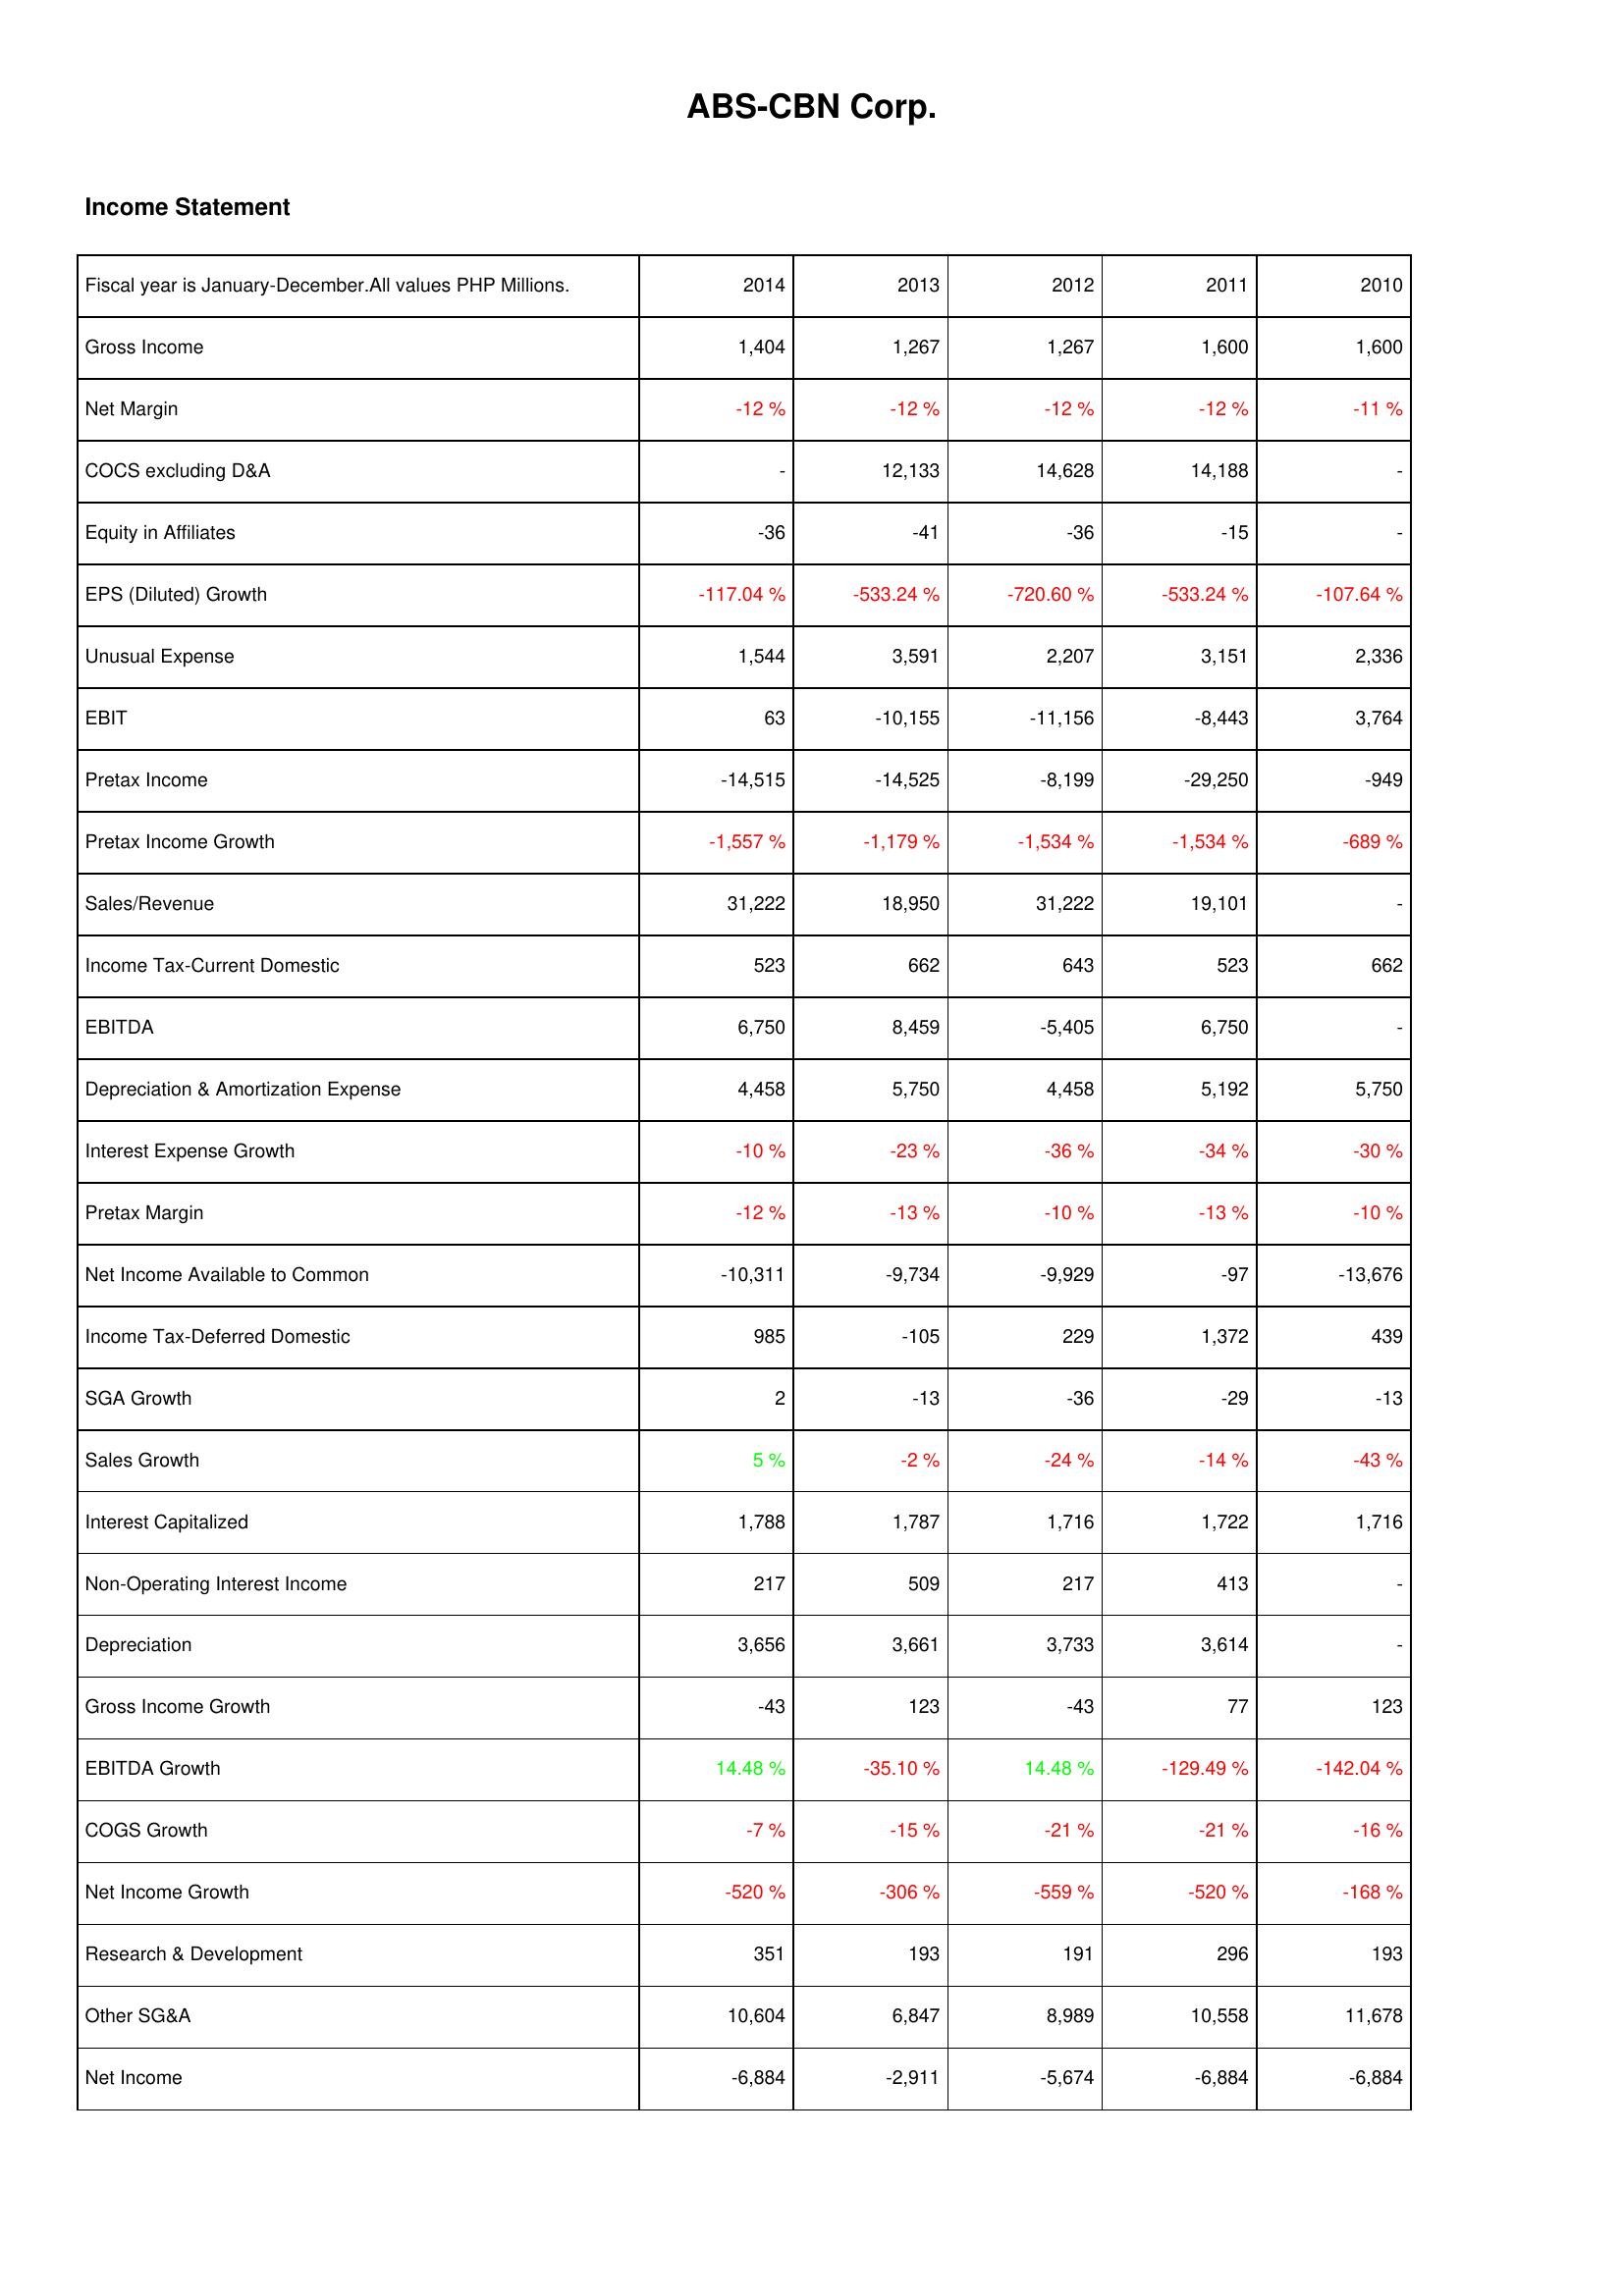
2014: Income Statement: Gross Income: 1,404
Net Margin: -12 %
COCS excluding D&A: -
Equity in Affiliates: -36
EPS (Diluted) Growth: -117.04 %
Unusual Expense: 1,544
EBIT: 63
Pretax Income: -14,515
Pretax Income Growth: -1,557 %
Sales/Revenue: 31,222
Income Tax-Current Domestic: 523
EBITDA: 6,750
Depreciation & Amortization Expense: 4,458
Interest Expense Growth: -10 %
Pretax Margin: -12 %
Net Income Available to Common: -10,311
Income Tax-Deferred Domestic: 985
SGA Growth: 2
Sales Growth: 5 %
Interest Capitalized: 1,788
Non-Operating Interest Income: 217
Depreciation: 3,656
Gross Income Growth: -43
EBITDA Growth: 14.48 %
COGS Growth: -7 %
Net Income Growth: -520 %
Research & Development: 351
Other SG&A: 10,604
Net Income: -6,884
2013: Income Statement: Gross Income: 1,267
Net Margin: -12 %
COCS excluding D&A: 12,133
Equity in Affiliates: -41
EPS (Diluted) Growth: -533.24 %
Unusual Expense: 3,591
EBIT: -10,155
Pretax Income: -14,525
Pretax Income Growth: -1,179 %
Sales/Revenue: 18,950
Income Tax-Current Domestic: 662
EBITDA: 8,459
Depreciation & Amortization Expense: 5,750
Interest Expense Growth: -23 %
Pretax Margin: -13 %
Net Income Available to Common: -9,734
Income Tax-Deferred Domestic: -105
SGA Growth: -13
Sales Growth: -2 %
Interest Capitalized: 1,787
Non-Operating Interest Income: 509
Depreciation: 3,661
Gross Income Growth: 123
EBITDA Growth: -35.10 %
COGS Growth: -15 %
Net Income Growth: -306 %
Research & Development: 193
Other SG&A: 6,847
Net Income: -2,911
2012: Income Statement: Gross Income: 1,267
Net Margin: -12 %
COCS excluding D&A: 14,628
Equity in Affiliates: -36
EPS (Diluted) Growth: -720.60 %
Unusual Expense: 2,207
EBIT: -11,156
Pretax Income: -8,199
Pretax Income Growth: -1,534 %
Sales/Revenue: 31,222
Income Tax-Current Domestic: 643
EBITDA: -5,405
Depreciation & Amortization Expense: 4,458
Interest Expense Growth: -36 %
Pretax Margin: -10 %
Net Income Available to Common: -9,929
Income Tax-Deferred Domestic: 229
SGA Growth: -36
Sales Growth: -24 %
Interest Capitalized: 1,716
Non-Operating Interest Income: 217
Depreciation: 3,733
Gross Income Growth: -43
EBITDA Growth: 14.48 %
COGS Growth: -21 %
Net Income Growth: -559 %
Research & Development: 191
Other SG&A: 8,989
Net Income: -5,674
2011: Income Statement: Gross Income: 1,600
Net Margin: -12 %
COCS excluding D&A: 14,188
Equity in Affiliates: -15
EPS (Diluted) Growth: -533.24 %
Unusual Expense: 3,151
EBIT: -8,443
Pretax Income: -29,250
Pretax Income Growth: -1,534 %
Sales/Revenue: 19,101
Income Tax-Current Domestic: 523
EBITDA: 6,750
Depreciation & Amortization Expense: 5,192
Interest Expense Growth: -34 %
Pretax Margin: -13 %
Net Income Available to Common: -97
Income Tax-Deferred Domestic: 1,372
SGA Growth: -29
Sales Growth: -14 %
Interest Capitalized: 1,722
Non-Operating Interest Income: 413
Depreciation: 3,614
Gross Income Growth: 77
EBITDA Growth: -129.49 %
COGS Growth: -21 %
Net Income Growth: -520 %
Research & Development: 296
Other SG&A: 10,558
Net Income: -6,884
2010: Income Statement: Gross Income: 1,600
Net Margin: -11 %
COCS excluding D&A: -
Equity in Affiliates: -
EPS (Diluted) Growth: -107.64 %
Unusual Expense: 2,336
EBIT: 3,764
Pretax Income: -949
Pretax Income Growth: -689 %
Sales/Revenue: -
Income Tax-Current Domestic: 662
EBITDA: -
Depreciation & Amortization Expense: 5,750
Interest Expense Growth: -30 %
Pretax Margin: -10 %
Net Income Available to Common: -13,676
Income Tax-Deferred Domestic: 439
SGA Growth: -13
Sales Growth: -43 %
Interest Capitalized: 1,716
Non-Operating Interest Income: -
Depreciation: -
Gross Income Growth: 123
EBITDA Growth: -142.04 %
COGS Growth: -16 %
Net Income Growth: -168 %
Research & Development: 193
Other SG&A: 11,678
Net Income: -6,884